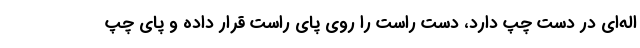
اله‌ای در دست چپ دارد، دست راست را روی پای راست قرار داده و پای چپ